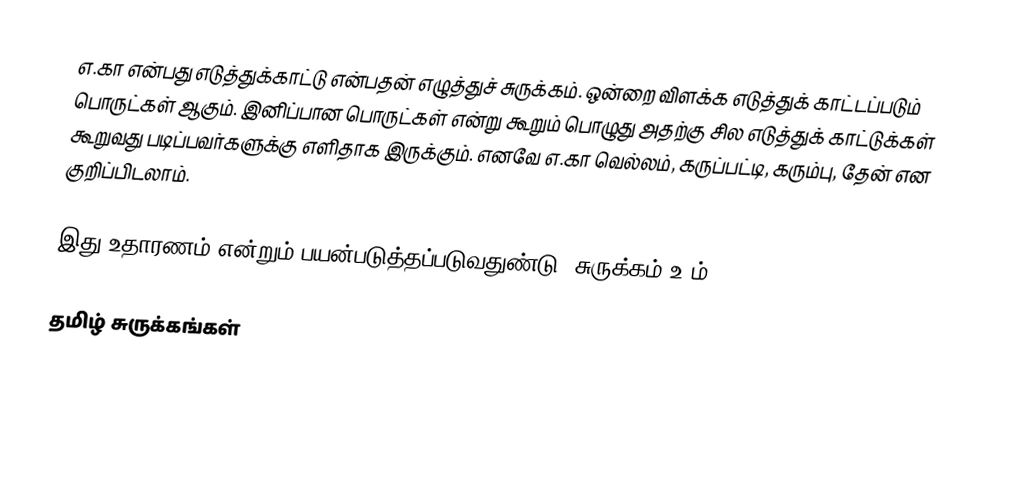
எ.கா என்பது எடுத்துக்காட்டு என்பதன் எழுத்துச் சுருக்கம். ஒன்றை விளக்க எடுத்துக் காட்டப்படும் பொருட்கள் ஆகும். இனிப்பான பொருட்கள் என்று கூறும் பொழுது அதற்கு சில எடுத்துக் காட்டுக்கள் கூறுவது படிப்பவர்களுக்கு எளிதாக இருக்கும். எனவே எ.கா வெல்லம், கருப்பட்டி, கரும்பு, தேன் என குறிப்பிடலாம்.

இது உதாரணம் என்றும் பயன்படுத்தப்படுவதுண்டு. சுருக்கம் உ-ம்.

தமிழ் சுருக்கங்கள்